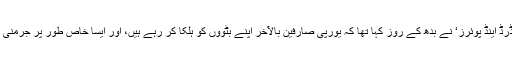
امریکی ایجنسی ’اسٹینڈرڈ اینڈ پوئرز‘ نے بدھ کے روز کہا تھا کہ یورپی صارفین بالآخر اپنے بٹووں کو ہلکا کر رہے ہیں، اور ایسا خاص طور پر جرمنی میں دیکھا جا رہا ہے۔